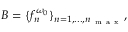
\ensuremath { { \cal B } } = \{ f _ { n } ^ { \omega _ { 0 } } \} _ { n = 1 , . . . , n _ { \mathrm { ~ m ~ a ~ x ~ } } } ,